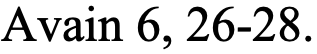
Avain 6, 26-28.